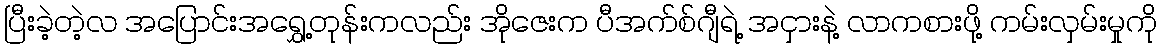
ပြီးခဲ့တဲ့လ အပြောင်းအရွှေ့တုန်းကလည်း အိုဇေးက ပီအက်စ်ဂျီရဲ့ အငှားနဲ့ လာကစားဖို့ ကမ်းလှမ်းမှုကို